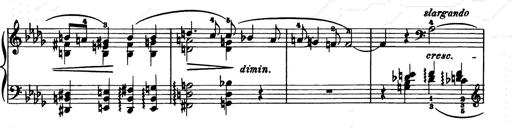
Title: Consolations and LiebestrÃ¤ume for the Piano
Composer: Franz Liszt